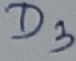
Text: D3